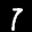
Label: 7